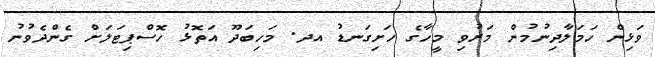
ވަޅިން ހަމަލާދިނުމުން މަރުވި މީހާގެ ހަށިގަނޑު އދ. މަހިބަދޫ އަތޮޅު ހޮސްޕިޓަލަށް ގެންދެވުނު